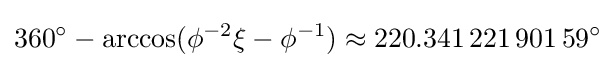
360^{\circ }-\arccos(\phi ^{-2}\xi -\phi ^{-1})\approx 220.341\,221\,901\,59^{\circ }